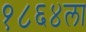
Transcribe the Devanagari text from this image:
१८६४ला